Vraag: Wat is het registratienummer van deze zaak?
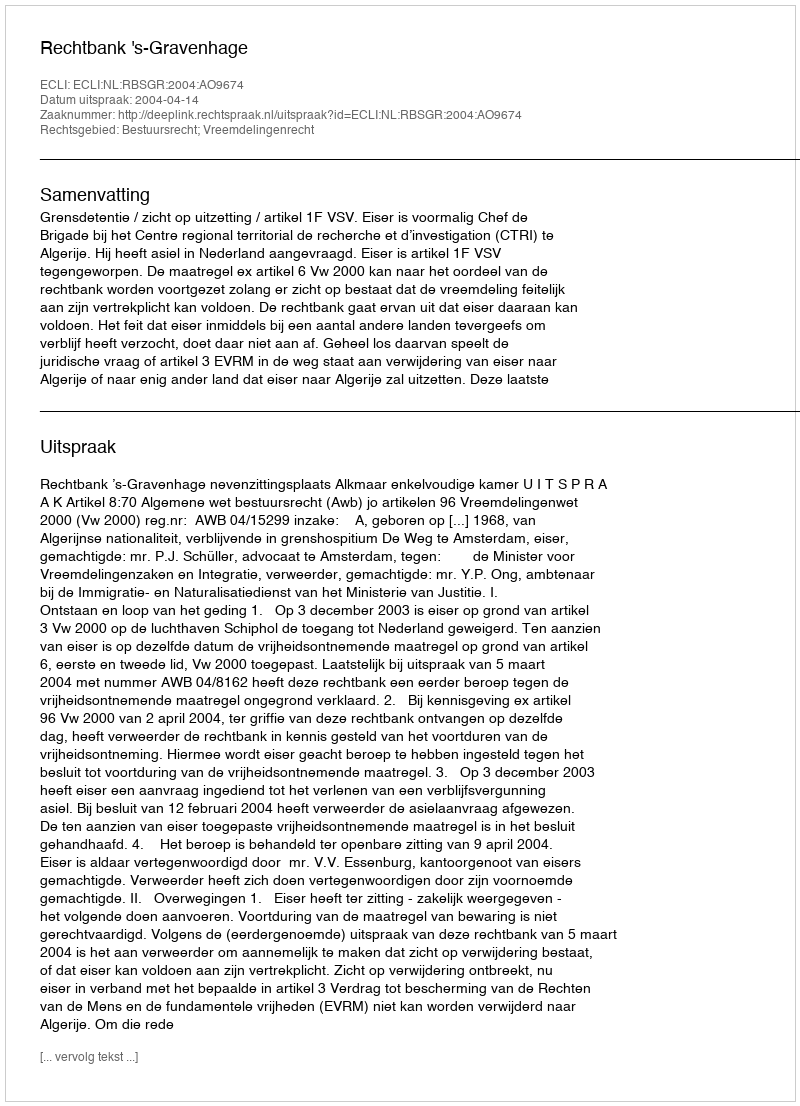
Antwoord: http://deeplink.rechtspraak.nl/uitspraak?id=ECLI:NL:RBSGR:2004:AO9674